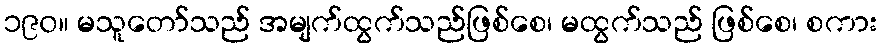
၁၉၀။ မသူတော်သည် အမျက်ထွက်သည်ဖြစ်စေ၊ မထွက်သည် ဖြစ်စေ၊ စကား